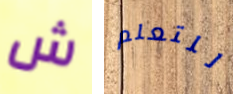
ش للتعلم